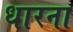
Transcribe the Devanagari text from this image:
धारना